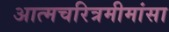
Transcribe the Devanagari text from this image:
अात्मचरित्रमीमांसा